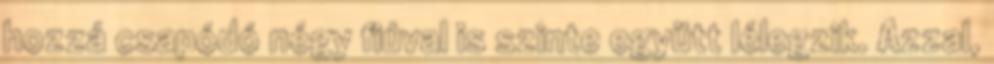
hozzá csapódó négy fiúval is szinte együtt lélegzik. Azzal,